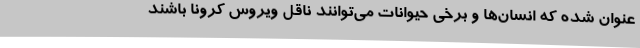
عنوان شده که انسان‌ها و برخی حیوانات می‌توانند ناقل ویروس کرونا باشند